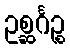
ဥစ္ဆင်္ဂဉ္စ